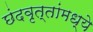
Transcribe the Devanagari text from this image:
छंदवृत्तांमध्ये